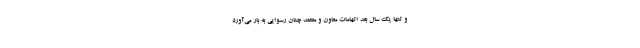
و تنها یک سال بعد اتهامات معاون و معتمد چنان رسوایی به بار ‌می‌آورد